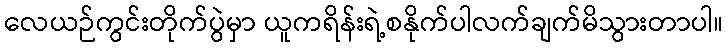
လေယဉ်ကွင်းတိုက်ပွဲမှာ ယူကရိန်းရဲ့စနိုက်ပါလက်ချက်မိသွားတာပါ။